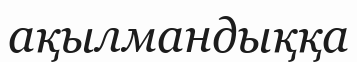
ақылмандыққа